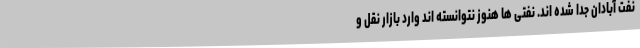
نفت آبادان جدا شده اند. نفتی ها هنوز نتوانسته اند وارد بازار نقل و